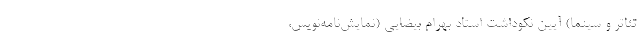
تئاتر و سینما) آیین نکوداشت استاد بهرام بیضایی (نمایش‌نامه‌نویس،